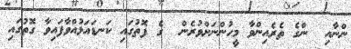
ންނާއި  ންގެ ތެރެއިންވާ މީހުންނަށްވުރެން  ގެ ފޮތުގައި ކަނޑައަޅުއްވާފައިވާ ގޮތުގައި